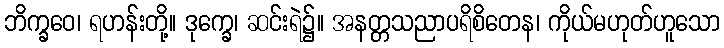
ဘိက္ခဝေ၊ ရဟန်းတို့။ ဒုက္ခေ၊ ဆင်းရဲ၌။ အနတ္တသညာပရိစိတေန၊ ကိုယ်မဟုတ်ဟူသော